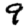
Digit: 9